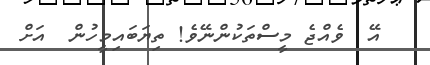
އޭ  ވެއްޖެ މީސްތަކުންނޭވެ! ތިޔަބައިމީހުން  އަށް